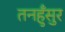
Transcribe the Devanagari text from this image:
तनहुँसुर